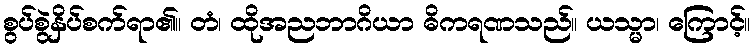
စွပ်စွဲနှိပ်စက်ရာ၏။ တံ၊ ထိုအညဘာဂိယာ ဓိကရဏသည်။ ယသ္မာ၊ ကြောင့်။